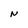
Character: N